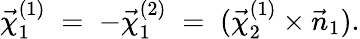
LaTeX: \vec{\chi}_{1}^{(1)}\; =\; -\vec{\chi}_{1}^{(2)}\; =\; (\vec{\chi}_{2}^{(1)}\times\vec{n}_{1}).